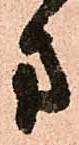
方